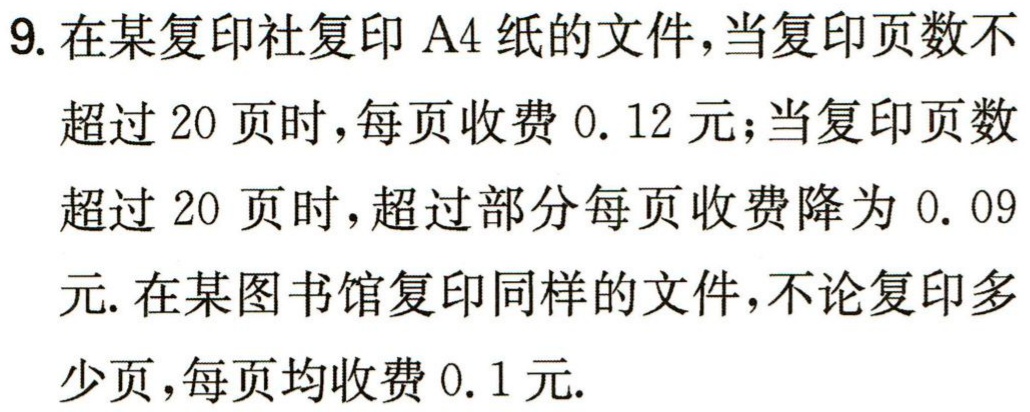
9. 在某复印社复印A4纸的文件，当复印页数不超过20页时，每页收费0.12元；当复印页数超过20页时，超过部分每页收费降为0.09元. 在某图书馆复印同样的文件，不论复印多少页，每页均收费0.1元.